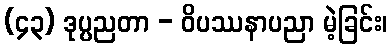
(၄၃) ဒုပ္ပညတာ - ဝိပဿနာပညာ မဲ့ခြင်း၊